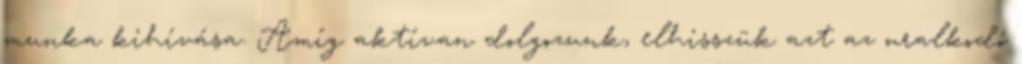
munka kihívása. Amíg aktívan dolgozunk, elhisszük azt az uralkodó